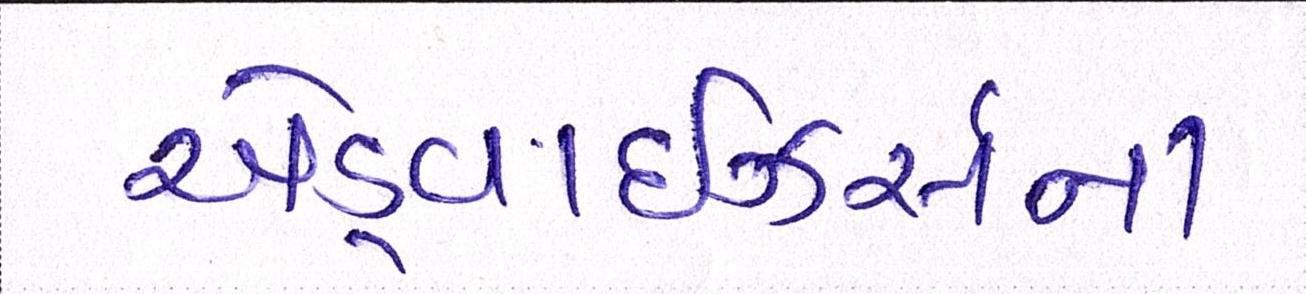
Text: એડ્વાઇઝર્સના